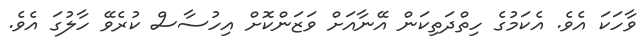
ވާހަކަ އެވެ. އެކަމުގެ ހިތްދަތިކަން އޭނާއަށް ވަޒަންކޮށް އިހުސާސް ކުރެވޭ ހާލުގަ އެވެ.